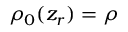
\rho _ { 0 } ( z _ { r } ) = \rho